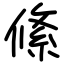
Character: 絛